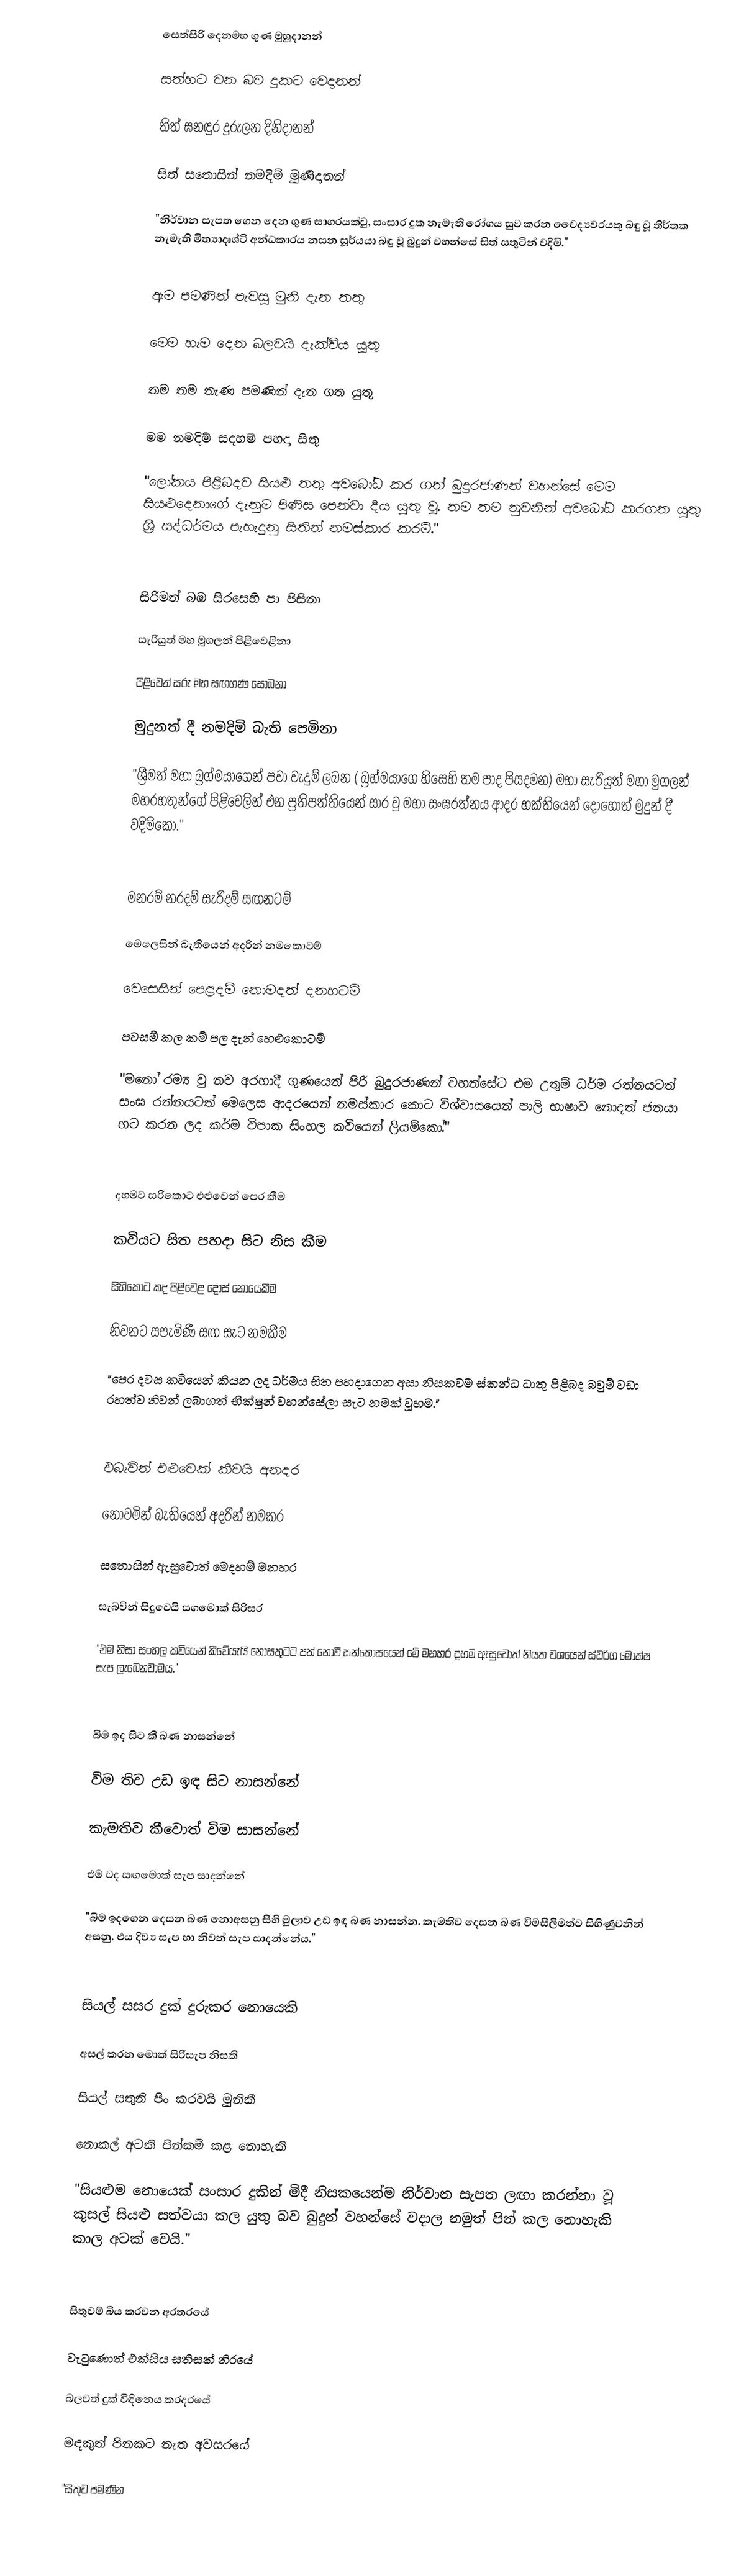
සෙත්සිරි දෙනමහ ගුණ මුහුදානන්

සත්හට වන බව දුකට වෙදානන්

තිත් ඝනඳුර දුරුලන දිනිදානන්

සිත් සතොසින් නමදිම් මුණිදානන්

"නිර්වාන සැපත ගෙන දෙන ගුණ සාගරයක්වු, සංසාර දුක නැමැති රෝගය සුව කරන වෛද්‍යවරයකු බඳු වූ තීර්තක නැමැති මිත්‍යාදෘශ්ටි අන්ධකාරය නසන සූර්යයා බඳු වූ බුදුන් වහන්සේ සිත් සතුටින් වදිමි."

ඇම පමණින් පැවසු මුනි දැන තතු

මෙම හැම දෙන බලවයි දැක්විය යුතු

තම තම නැණ පමණින් දැන ගත යුතු

මම නමදිම් සදහම් පහදා සිතු

"ලෝකය පිළිබදව සියළු තතු අවබෝධ කර ගත් බුදුරජාණන් වහන්සේ මෙම සියළුදෙනාගේ දැනුම පිණිස පෙන්වා දීය යුතු වූ. තම තම නුවනින් අවබෝධ කරගත යුතු ශ්‍රී සද්ධර්මය පැහැදුනු සිතින් නමස්කාර කරමි."

සිරිමත් බඹ සිරසෙහි පා පිසිනා

සැරියුත් මහ මුගලන් පිළිවෙළිනා

පිළිවෙත් සරු මහ සඟගණ සොබනා

මුදුනත් දී නමදිමි බැති පෙමිනා

"ශ්‍රීමත් මහා බ්‍රග්මයාගෙන් පවා වැදුම් ලබන ( බ්‍රහ්මයාගෙ හිසෙහි තම පාද පිසදමන) මහා සැරියුත් මහා මුගලන් මහරහතුන්ගේ පිළිවෙලින් එන ප්‍රතිපත්තියෙන් සාර වු මහා සංඝරත්නය ආදර භක්තියෙන් දොහොත් මුදුන් දී වදිම්කෝ."

මනරම් නරදම් සැරිදම් සඟනටම්

මෙලෙසින් බැතියෙන් අදරින් නමකොටම්

වෙසෙසින් පෙළදම් නොමදත් දනහටම්

පවසම් කල කම් පල දැන් හෙළුකොටම්

"මනෝ රම්‍ය වු නව අරහාදී ගුණයෙන් පිරි බුදුරජාණන් වහන්සේට එම උතුම් ධර්ම රත්නයටත් සංඝ රත්නයටත් මෙලෙස ආදරයෙන් නමස්කාර කොට විශ්වාසයෙන් පාලි භාෂාව නොදත් ජනයා හට කරන ලද කර්ම විපාක සිංහල කවියෙන් ලියම්කෝ."

දහමට සරිකොට එළුවෙන් පෙර කීම

කවියට සිත පහදා සිට නිස කීම

සිහිකොට කද පිළිවෙළ දොස් නොයෙකීම

නිවනට සපැමිණී සඟ සැට නමකීම

"පෙර දවස කවියෙන් කියන ලද ධර්මය සිත පහදාගෙන අසා නිසකවම ස්කන්ධ ධාතු පිළිබද බවුම් වඩා රහත්ව නිවන් ලබාගත් භික්ෂූන් වහන්සේලා සැට නමක් වූහම."

එබැවින් එළුවෙක් කීවයි අනදර

නොවමින් බැතියෙන් අදරින් නමකර

සතොසින් ඇසුවොත් මෙදහම් මනහර

සැබවින් සිදුවෙයි සගමොක් සිරිසර

"එම නිසා සංහල කවියෙන් කීවේයැයි නොසතුටට පත් නොවී සන්තෝසයෙන් මේ මනහර දහම ඇසුවොත් නියත වශයෙන් ස්වර්ග මෝක්ෂ සැප ලැබෙනවාමය."

බිම ඉද සිට කී බණ නාසන්නේ

විම තිව උඩ ඉඳ සිට නාසන්නේ

කැමතිව කීවොත් විම සාසන්නේ

එම වද සඟමොක් සැප සාදන්නේ

"බිම ඉදගෙන දෙසන බණ නොඅසනු සිහි මුලාව උඩ ඉඳ බණ නාසන්න. කැමතිව දෙසන බණ විමසිලිමත්ව සිහිණුවනින් අසනු. එය දිව්‍ය සැප හා නිවන් සැප සාදන්නේය."

සියල් සසර දුක් දුරුකර නොයෙකි

අසල් කරන මොක් සිරිසැප නිසකි

සියල් සතුනි පිං කරවයි මුනිකී

නොකල් අටකි පින්කම් කළ නොහැකි

"සියළුම නොයෙක් සංසාර දුකින් මිදී නිසකයෙන්ම නිර්වාන සැපත ලඟා කරන්නා වූ කුසල් සියළු සත්වයා කල යුතු බව බුදුන් වහන්සේ වදාල නමුත් පින් කල නොහැකි කාල අටක් වෙයි."

සිතුවම් බිය කරවන අරතරයේ

වැටුණොත් එක්සිය සතිසක් නිරයේ

බලවත් දුක් විඳිනෙය කරදරයේ

මඳකුත් පිනකට නැත අවසරයේ

"සිතුව පමණින